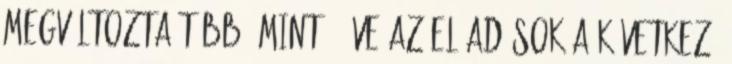
Megváltozta több, mint 4 éve Az előadások a következő